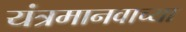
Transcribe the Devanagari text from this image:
यंत्रमानवाच्या